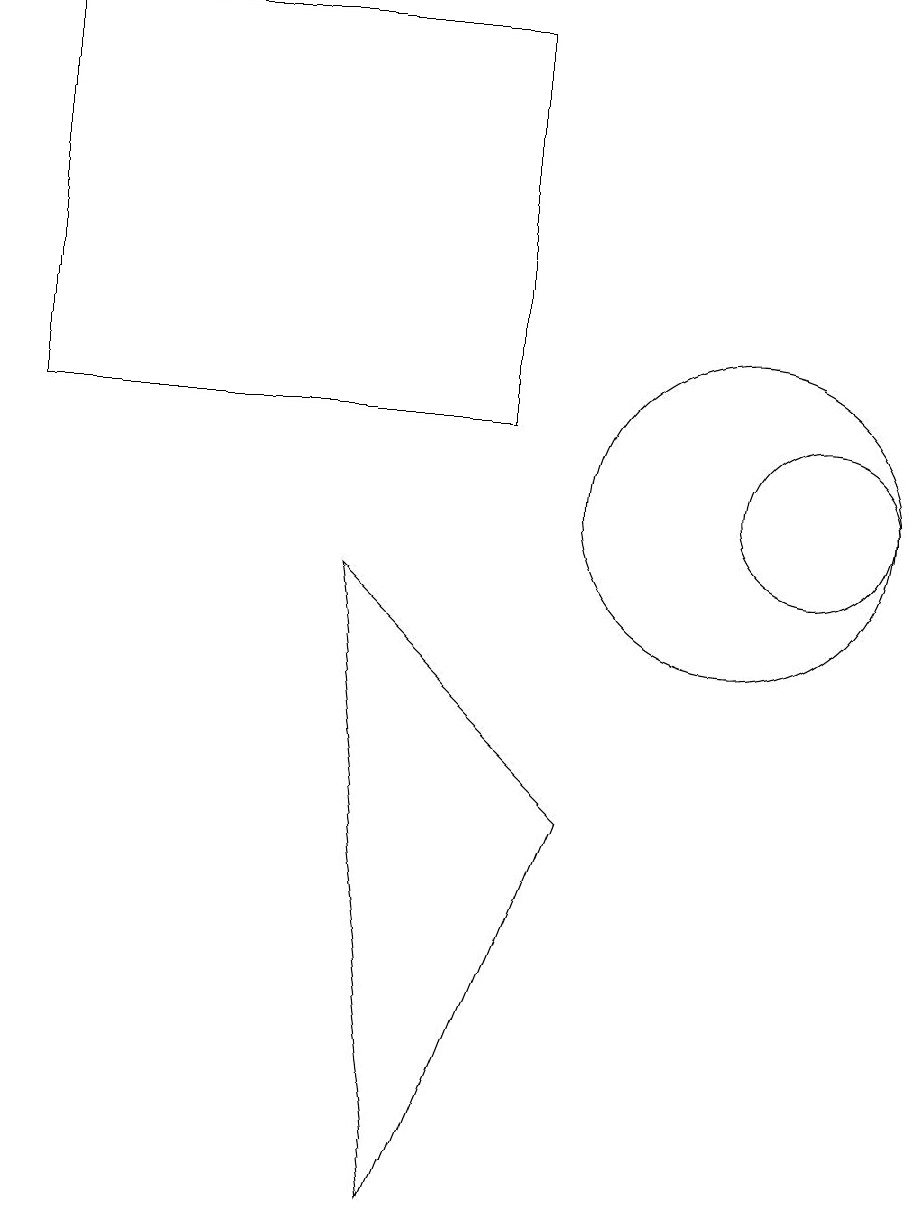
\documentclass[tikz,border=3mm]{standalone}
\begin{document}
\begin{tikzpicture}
\draw (8,6) -- (5,9) -- (6,1) -- cycle;
\draw (1,16) rectangle (7,11);
\draw (10,10) circle (2);
\draw (11,10) circle (1);
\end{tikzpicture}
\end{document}